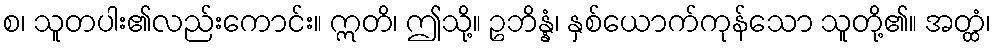
စ၊ သူတပါး၏လည်းကောင်း။ ဣတိ၊ ဤသို့။ ဥဘိန္နံ၊ နှစ်ယောက်ကုန်သော သူတို့၏။ အတ္ထံ၊